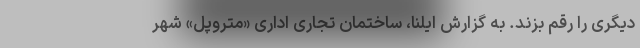
دیگری را رقم بزند. به گزارش ایلنا، ساختمان تجاری اداری «متروپل» شهر